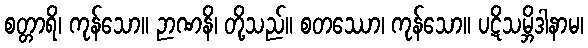
စတ္တာရိ၊ ကုန်သော။ ဉာဏနိ၊ တို့သည်။ စတဿော၊ ကုန်သော။ ပဋိသမ္ဘိဒါနာမ၊